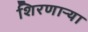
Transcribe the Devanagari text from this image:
शिरणाऱ्या